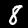
Digit: 8